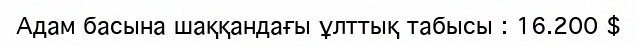
Адам басына шаққандағы ұлттық табысы : 16.200 $